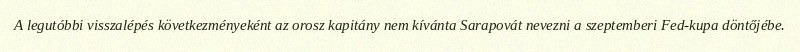
A legutóbbi visszalépés következményeként az orosz kapitány nem kívánta Sarapovát nevezni a szeptemberi Fed-kupa döntőjébe.